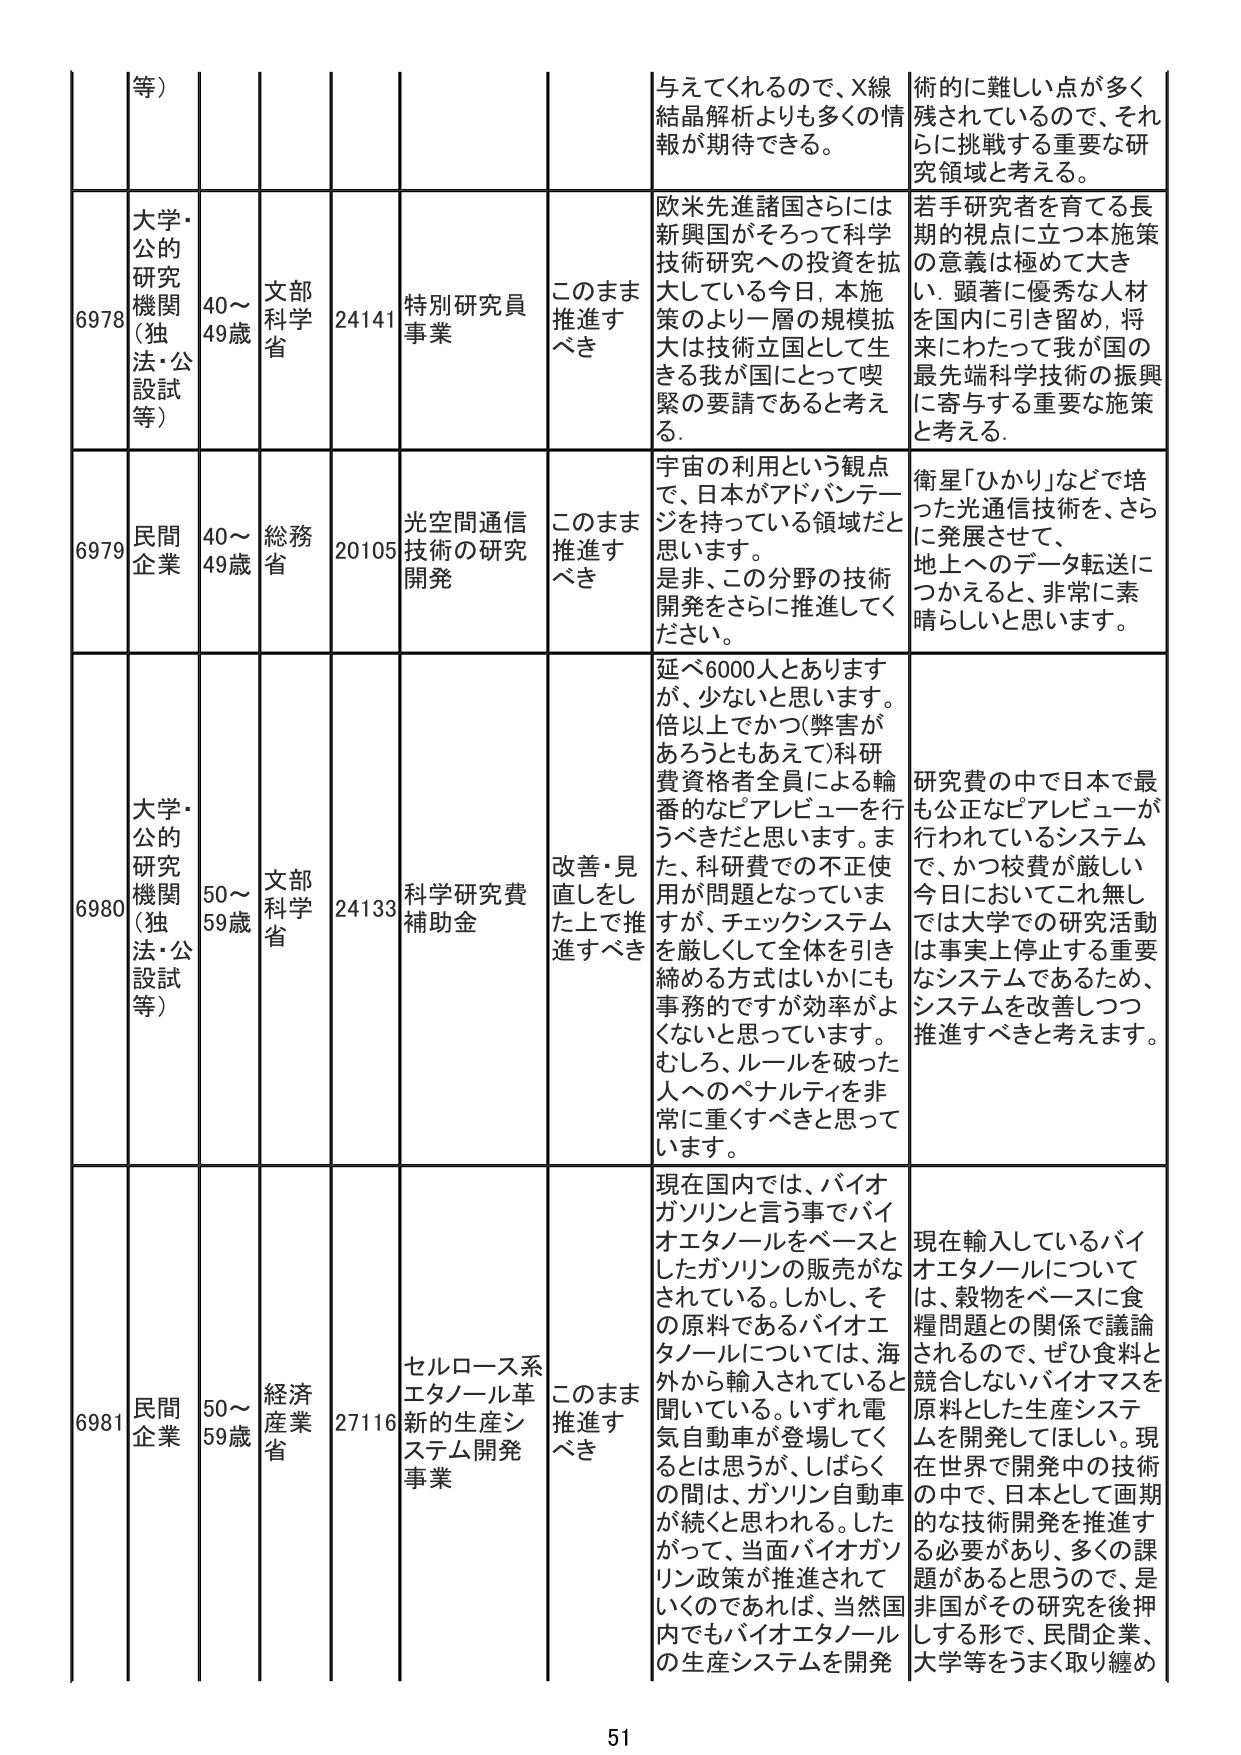
等）
与えてくれるので、X線結晶解析よりも多くの情報が期待できる。
術的に難しい点が多く残されているので、それに挑戦する重要な研究領域と考える。

6978
大学・公的研究機関（独法・公設試等）
40～49歳
文部科学省
24141
特別研究員事業
このまま推進すべき
欧米先進諸国さらには新興国がそろって科学技術研究への投資を拡大している今日、本施策のより一層の規模拡大は技術立国として生きる我が国にとって喫緊の要請であると考える。
若手研究者を育てる長期的視点に立つ本施策の意義は極めて大きい。顕著に優秀な人材を国内に引き留め、将来にわたって我が国の最先端科学技術の振興に寄与する重要な施策と考える。

6979
民間企業
40～49歳
総務省
20105
光空間通信技術の研究開発
このまま推進すべき
宇宙の利用という観点で、日本がアドバンテージを持っている領域だと思います。是非、この分野の技術開発をさらに推進してください。
衛星「ひかり」などで培った光通信技術を、さらに発展させて、地上へのデータ転送につなげると、非常に素晴らしいと思います。

6980
大学・公的研究機関（独法・公設試等）
50～59歳
文部科学省
24133
科学研究費補助金
改善・見直しをした上で推進すべき
延べ6000人とありますが、少ないと思います。倍以上でかつ（弊害があろうともあえて）科研費資格者全員による輪番的なピアレビューを行うべきだと思います。また、科研費での不正使用が問題となっていますが、チェックシステムを厳しくして全体を引き締める方式はいかにも事務的ですが効率がよくないと思っています。むしろ、ルールを破った人へのペナルティを非常に重くすべきと思っています。
研究費の中で日本で最も公正なピアレビューが行われているシステムで、かつ枝費が厳しい今日においてこれ無しでは大学での研究活動は事実上停止する重要なシステムであるため、システムを改善しつつ推進すべきと考えます。

6981
民間企業
50～59歳
経済産業省
27116
セルロース系エタノール革新的生産システム開発事業
このまま推進すべき
現在国内では、バイオガソリンと言う事でバイオエタノールをベースとしたガソリンの販売がなされている。しかし、その原料であるバイオエタノールについては、海外から輸入されていると聞いている。いずれ電気自動車が登場してくるとは思うが、しばらくの間は、ガソリン自動車が続くと思われる。したがって、当面バイオガソリン政策が推進されていくのであれば、当然国内でもバイオエタノールの生産システムを開発
現在輸入しているバイオエタノールについては、穀物をベースに食糧問題との関係で議論されるので、ぜひ食料と競合しないバイオマスを原料とした生産システムを開発してほしい。現在世界で開発中の技術の中で、日本として画期的な技術開発を推進する必要があり、多くの課題があると思うので、是非国がその研究を後押しする形で、民間企業、大学等をうまく取り纏め

51